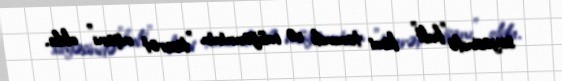
sayəsində "kult" kimi tanındı və müğənninin "ticarət nişanı" oldu.